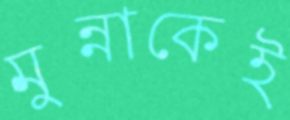
মুন্নাকেই